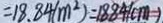
= 1 8 . 8 4 ( m ^ { 2 } ) = 1 8 8 4 ( c m )